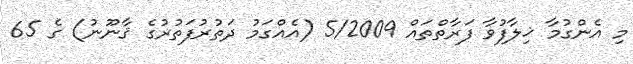
މި އެންގުމާ ޚިލާފުވާ ފަރާތްތައް 5/2009 (އެއްގަމު ދަތުރުފަތުރުގެ ޤާނޫނު) ގެ 65